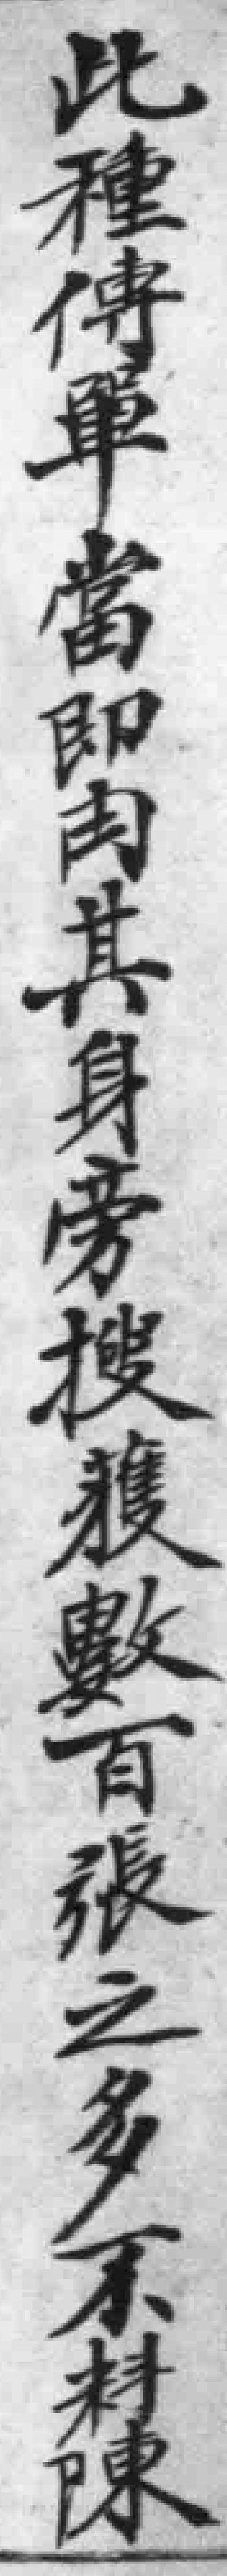
此種傳單當即因其身旁搜獲數百張之多不料陳